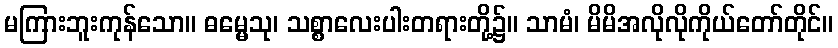
မကြားဘူးကုန်သော။ ဓမ္မေသု၊ သစ္စာလေးပါးတရားတို့၌။ သာမံ၊ မိမိအလိုလိုကိုယ်တော်တိုင်။